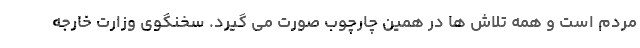
مردم است و همه تلاش ها در همین چارچوب صورت می گیرد. سخنگوی وزارت خارجه